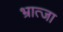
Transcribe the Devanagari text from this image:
भ्रात्जा